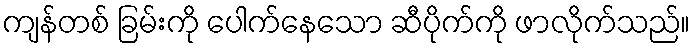
ကျန်တစ် ခြမ်းကို ပေါက်နေသော ဆီပိုက်ကို ဖာလိုက်သည်။